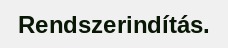
Rendszerindítás.